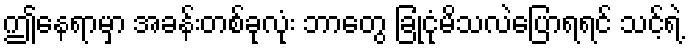
ဤနေရာမှာ အခန်းတစ်ခုလုံး ဘာတွေ ခြုံငုံမိသလဲပြောရရင် သင့်ရဲ့